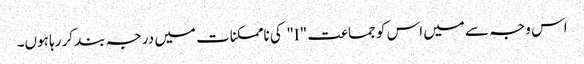
اس وجہ سے میں اس کو جماعت "I" کی ناممکنات میں درجہ بند کر رہا ہوں۔